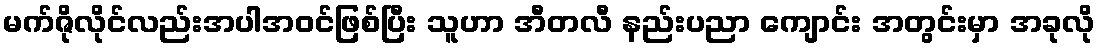
မက်ဇိုလိုင်လည်းအပါအဝင်ဖြစ်ပြီး သူဟာ အီတလီ နည်းပညာ ကျောင်း အတွင်းမှာ အခုလို